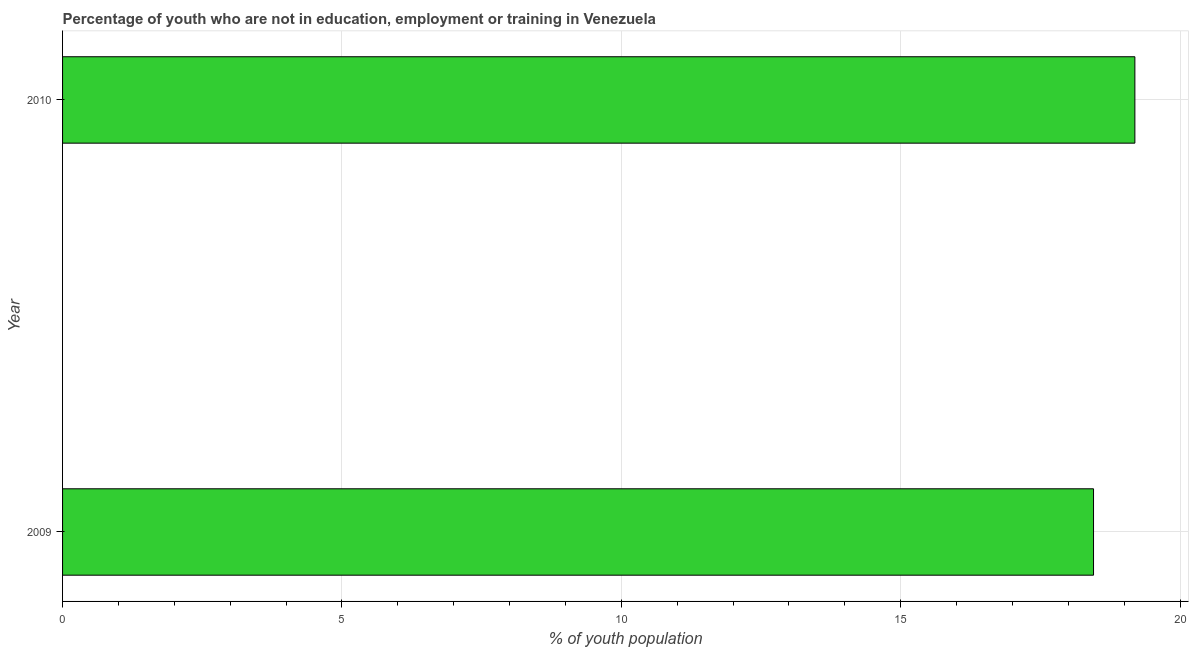
| Year | Unemployed youth |
 | --- | --- |
 | 2009 | 18.5 |
 | 2010 | 19.2 |